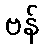
ဗန်